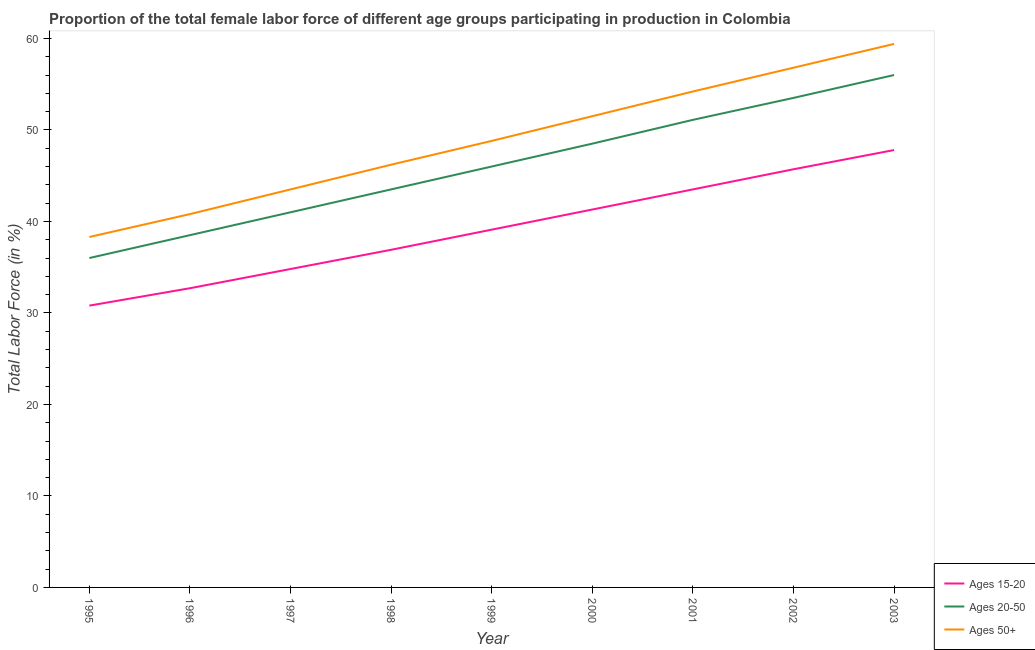
| Year | Ages 15-20 | Ages 20-50 | Ages 50+ |
 | --- | --- | --- | --- |
 | 1995 | 30.8 | 36 | 38.3 |
 | 1996 | 32.7 | 38.5 | 40.8 |
 | 1997 | 34.8 | 41 | 43.5 |
 | 1998 | 36.9 | 43.5 | 46.2 |
 | 1999 | 39.1 | 46 | 48.8 |
 | 2000 | 41.3 | 48.5 | 51.5 |
 | 2001 | 43.5 | 51.1 | 54.2 |
 | 2002 | 45.7 | 53.5 | 56.8 |
 | 2003 | 47.8 | 56 | 59.4 |